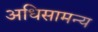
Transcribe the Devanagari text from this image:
अधिसामन्य